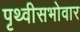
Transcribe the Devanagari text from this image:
पृथ्वीसभोवार